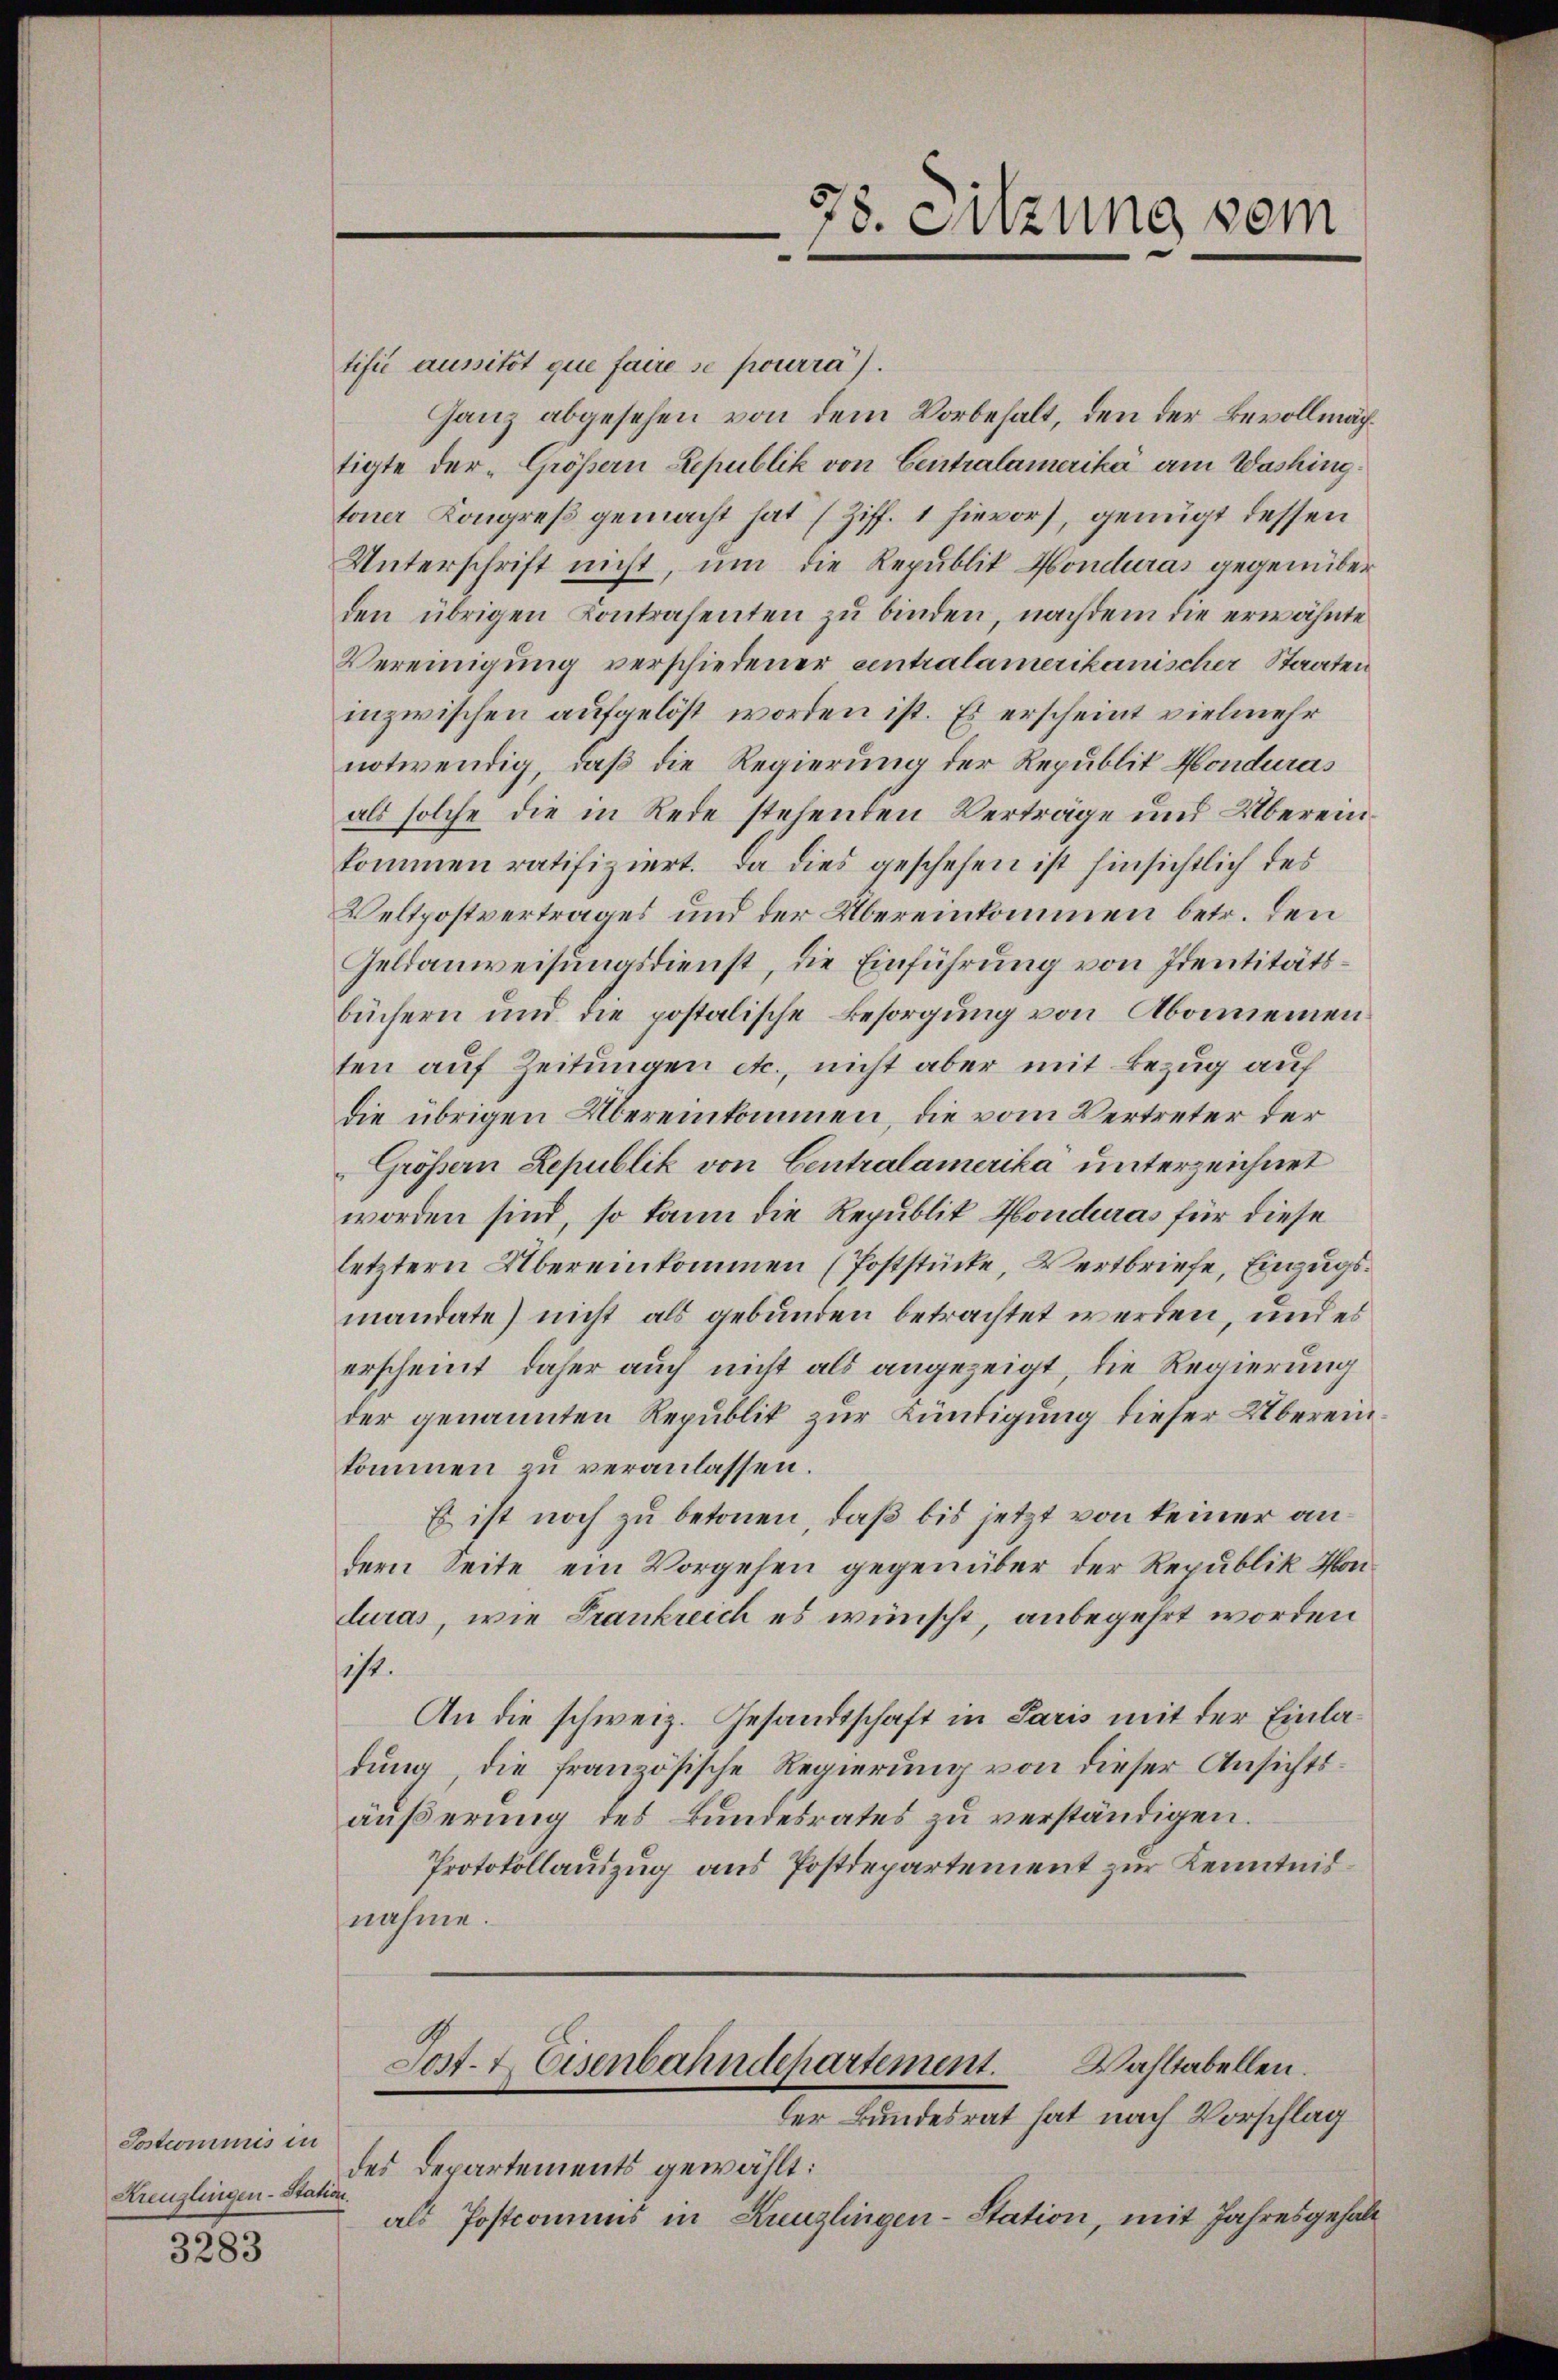
Sostrominis in
Kreuzlingen-Station.

3283

tifié aussitôt que faire se pourra).
Ganz abgesehen von dem Vorbehalt, den der Bevollmächtigte der „Größern Lepublik von Centralamerika am Washing.
toner Kongreß gemacht hat (Ziff. 1 hievor, genügt dessen
Unterschrift nicht, um die Republik Honduras gegenüber
den übrigen Kontrahenten zu binden, nachdem die erwähnte
Vereinigung verschiedener eintralamerikanischer Staaten
inzwischen aufgelöst worden ist. Es erscheint vielmehr
notwendig, daß die Regierung der Republit Honduras
als solche die in Rede stehenden Verträge und Übereinkommen ratifiziert. Da dies geschehen ist hinsichtlich des
Veltpostvertrages und der Übereinkommen betr. den
Geldanweisungsdienst, die Einführung von Identitätsbüchern und die postalische Besorgung von Abonnemen
ten auf Zeitungen etc., nicht aber mit Bezug auf
die übrigen Übereinkommen, die vom Vertreter der
Grössern Lepublik von Centralamerika unterzeichnet
worden sind, so kann die Republik Honduras für diese
letztern Übereinkommen (Poststücke, Vertbriefe, Einzugsmandate) nicht als gebunden betrachtet werden, und es
erscheint, daher auch nicht als angezeigt, die Regierung
der genannten Republik zur Kündigung dieser Übereinkommen zu veranlassen.
Es ist noch zu betonen, daß bis jetzt von keiner andern Seite ein Vorgehen gegenüber der Republik Honduras, wie Frankreich es wünscht, anbegehrt worden
sicht.
An die schweiz. Gesandtschaft in Paris mit der Einladung, die französische Regierung von dieser Ansichtsäußerung des Bundesrates zu verständigen.
Protokollauszug aus Postdepartement zur Kenntnisnahme.

78. Sitzung vom

Wahltabellen.
Sost- & Eisenbahndepartement.
der Bundesrat hat nach Vorschlag

des Departements gewählt:
als Postcomuns in Kreuzlingen-Station, mit Jahresgehalt